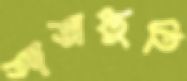
আত্মস্তুতি